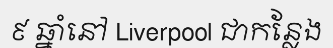
៩ ឆ្នាំនៅ Liverpool ជាកន្លែង